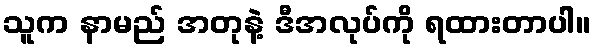
သူက နာမည် အတုနဲ့ ဒီအလုပ်ကို ရထားတာပါ။